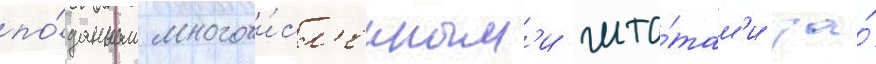
по́данным многочи́сл'енным'и шта́там'и за́